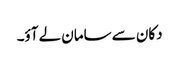
دکان سے سامان لے آؤ۔